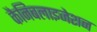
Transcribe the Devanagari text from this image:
कैनिबलाइजेशन